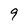
Character: 9